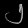
Digit: ၂